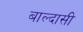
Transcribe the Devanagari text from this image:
बाल्दासी